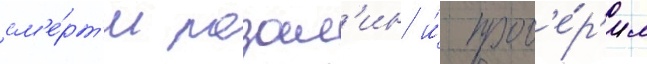
см'е́рт'и розал'ин и́ пров'е́р'ил